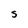
Character: S